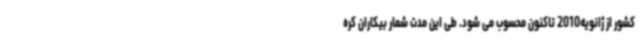
کشور از ژانویه2010 تاکنون محسوب می شود. طی این مدت شمار بیکاران کره